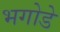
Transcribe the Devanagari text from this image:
भगोडे